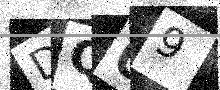
Text: DQ09